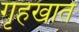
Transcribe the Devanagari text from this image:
गृहखाते